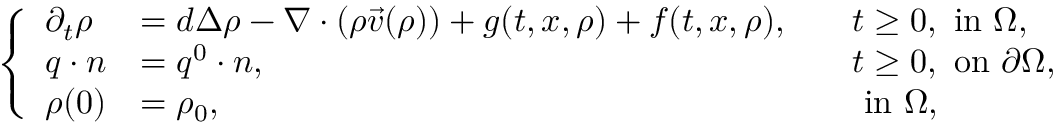
\left\{ \begin{array} { l l l l } { \partial _ { t } \rho } & { = d \Delta \rho - \nabla \cdot ( \rho \vec { v } ( \rho ) ) + g ( t , x , \rho ) + f ( t , x , \rho ) , } & { \quad t \geq 0 , \mathrm { ~ i n ~ } \Omega , } \\ { q \cdot n } & { = q ^ { 0 } \cdot n , } & { \quad t \geq 0 , \mathrm { ~ o n ~ } \partial \Omega , } \\ { \rho ( 0 ) } & { = \rho _ { 0 } , } & { \quad \mathrm { ~ i n ~ } \Omega , } \end{array} \right.